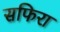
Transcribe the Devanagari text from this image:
सफिरा